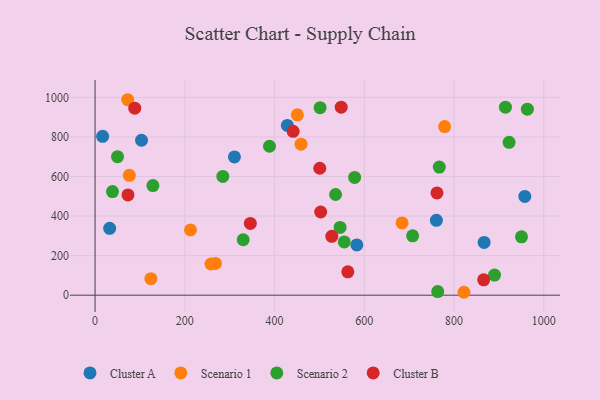
{"axis": {"x": "Ad Spend", "y": "Sales"}, "legend": ["Cluster A", "Cluster B", "Scenario 1", "Scenario 2"], "data": [{"x": "583.4", "y": 254.3, "type": "Cluster A"}, {"x": "16.8", "y": 803.0, "type": "Cluster A"}, {"x": "867.1", "y": 267.0, "type": "Cluster A"}, {"x": "428.5", "y": 858.5, "type": "Cluster A"}, {"x": "103.5", "y": 783.4, "type": "Cluster A"}, {"x": "310.6", "y": 699.1, "type": "Cluster A"}, {"x": "32.5", "y": 338.1, "type": "Cluster A"}, {"x": "957.8", "y": 499.1, "type": "Cluster A"}, {"x": "760.7", "y": 378.5, "type": "Cluster A"}, {"x": "72.7", "y": 988.2, "type": "Scenario 1"}, {"x": "258.3", "y": 157.7, "type": "Scenario 1"}, {"x": "779.1", "y": 852.5, "type": "Scenario 1"}, {"x": "212.7", "y": 330.0, "type": "Scenario 1"}, {"x": "124.3", "y": 83.4, "type": "Scenario 1"}, {"x": "822.1", "y": 14.8, "type": "Scenario 1"}, {"x": "459.0", "y": 763.4, "type": "Scenario 1"}, {"x": "684.2", "y": 365.2, "type": "Scenario 1"}, {"x": "76.3", "y": 606.0, "type": "Scenario 1"}, {"x": "450.8", "y": 912.0, "type": "Scenario 1"}, {"x": "268.2", "y": 160.5, "type": "Scenario 1"}, {"x": "536.0", "y": 509.0, "type": "Scenario 2"}, {"x": "284.7", "y": 600.3, "type": "Scenario 2"}, {"x": "914.6", "y": 950.5, "type": "Scenario 2"}, {"x": "330.1", "y": 280.4, "type": "Scenario 2"}, {"x": "501.5", "y": 948.0, "type": "Scenario 2"}, {"x": "963.5", "y": 940.3, "type": "Scenario 2"}, {"x": "50.0", "y": 700.4, "type": "Scenario 2"}, {"x": "38.8", "y": 523.9, "type": "Scenario 2"}, {"x": "922.8", "y": 772.8, "type": "Scenario 2"}, {"x": "763.7", "y": 18.4, "type": "Scenario 2"}, {"x": "546.1", "y": 342.7, "type": "Scenario 2"}, {"x": "388.7", "y": 753.0, "type": "Scenario 2"}, {"x": "578.5", "y": 595.3, "type": "Scenario 2"}, {"x": "890.3", "y": 101.6, "type": "Scenario 2"}, {"x": "950.4", "y": 295.3, "type": "Scenario 2"}, {"x": "707.7", "y": 300.3, "type": "Scenario 2"}, {"x": "555.4", "y": 269.5, "type": "Scenario 2"}, {"x": "128.9", "y": 554.3, "type": "Scenario 2"}, {"x": "767.2", "y": 647.6, "type": "Scenario 2"}, {"x": "88.4", "y": 945.7, "type": "Cluster B"}, {"x": "346.0", "y": 362.8, "type": "Cluster B"}, {"x": "441.4", "y": 828.4, "type": "Cluster B"}, {"x": "548.6", "y": 950.6, "type": "Cluster B"}, {"x": "73.3", "y": 506.9, "type": "Cluster B"}, {"x": "563.3", "y": 118.1, "type": "Cluster B"}, {"x": "527.6", "y": 297.5, "type": "Cluster B"}, {"x": "502.8", "y": 420.5, "type": "Cluster B"}, {"x": "762.0", "y": 517.2, "type": "Cluster B"}, {"x": "866.1", "y": 77.8, "type": "Cluster B"}, {"x": "500.8", "y": 641.8, "type": "Cluster B"}]}